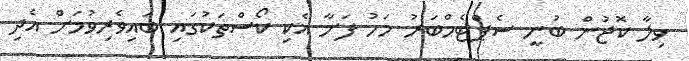
ވިލާ ކޮޖުން ބުނީ ސެޕްޓެމްބަރު މަހު ފަށާ އެކި ކޯސްތަކުގައި ބައިވެރިވުމަށް އެދި